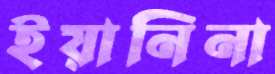
ইয়ানিনা